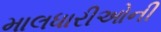
માલધારીઓની